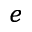
^ { e }